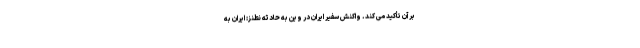
بر آن تأکید می کند. واکنش سفیر ایران در وین به حادثه نطنز: ایران به